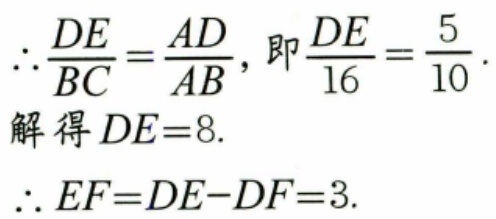
\(\therefore \frac{DE}{BC}=\frac{AD}{AB}\)，即\(\frac{DE}{16}=\frac{5}{10}\).
解得\(DE = 8\).
\(\therefore EF=DE - DF = 3\).